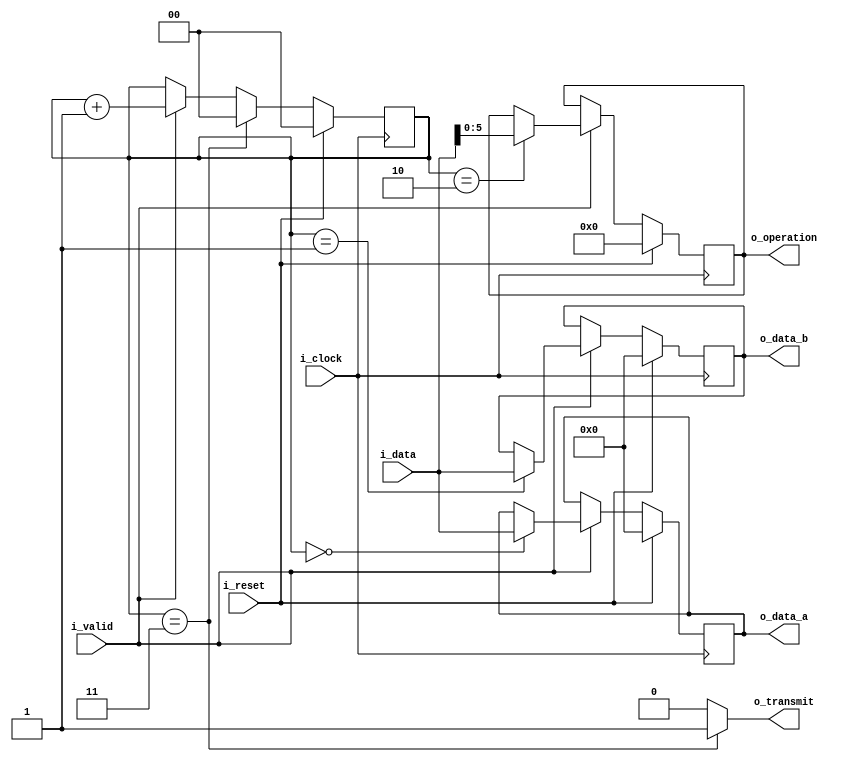
`timescale 1ns / 1ps

module interface
	#(  parameter NB_INPUTS = 8,
        parameter NB_OUTPUTS = 8,
        parameter NB_OP = 6,
        parameter NB_COUNT = 2)
	(   input wire                  i_clock,
        input wire                  i_reset,
        input wire                  i_valid, //rx_done
        input wire  signed [NB_INPUTS-1:0]  i_data,
        output wire signed [NB_OUTPUTS-1:0] o_data_a,
        output wire signed [NB_OUTPUTS-1:0] o_data_b,
        output wire [NB_OP-1:0]      o_operation,
        output wire o_transmit);

reg [NB_OUTPUTS-1:0]    data_a;
reg [NB_OUTPUTS-1:0]    data_b;
reg [NB_OP-1:0]         operation;
reg [NB_COUNT-1:0]      counter;

always@(posedge i_clock)begin
    if(i_reset)begin
        data_a      <= {NB_OUTPUTS{1'b0}};
        data_b      <= {NB_OUTPUTS{1'b0}};
        operation   <= {NB_OP{1'b0}};
        counter     <= {NB_COUNT{1'b0}};
    end
    else begin
        if(i_valid) begin 
            if(counter == 0)begin
                data_a <= i_data;
            end
            if(counter == 1)begin
                data_b <= i_data;
            end
            if(counter == 2)begin
                operation <= i_data[NB_OP-1:0];
            end

            counter <= counter + 1;
        end

        if(counter == 3)
            counter <= 0;
    end
end

assign o_data_a     = data_a;
assign o_data_b     = data_b;
assign o_operation  = operation;
assign o_transmit = (counter == 3)? 1'b1 : 1'b0;

endmodule